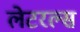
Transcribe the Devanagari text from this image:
लेटरल्स